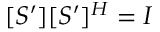
[ S ^ { \prime } ] [ S ^ { \prime } ] ^ { H } = I